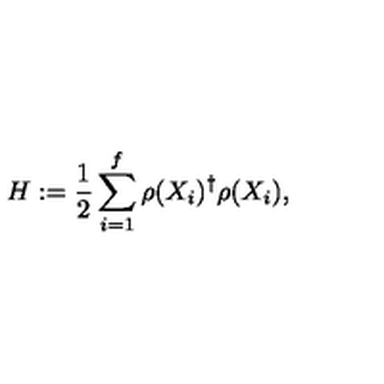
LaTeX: H : = \frac 1 2 \sum _ { i = 1 } ^ { f } \rho ( X _ { i } ) ^ { \dagger } \rho ( X _ { i } ) ,